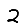
Digit: 2